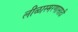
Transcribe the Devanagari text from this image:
लीळास्मरणासाठी